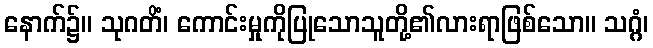
နောက်၌။ သုဂတိံ၊ ကောင်းမှုကိုပြုသောသူတို့၏လားရာဖြစ်သော။ သဂ္ဂံ၊